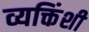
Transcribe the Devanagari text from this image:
व्यक्तिंशी